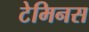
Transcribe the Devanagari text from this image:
टेमिनस